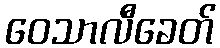
ဝေသာလီခေတ်